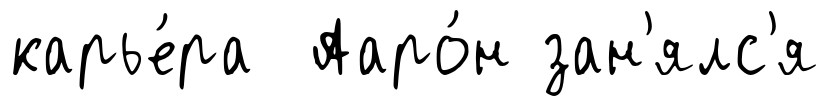
карье́ра Ааро́н зан'ялс'я